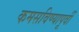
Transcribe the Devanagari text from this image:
कमसविण्यापूर्वी